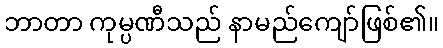
ဘာတာ ကုမ္ပဏီသည် နာမည်ကျော်ဖြစ်၏။